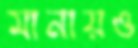
মানায়ও